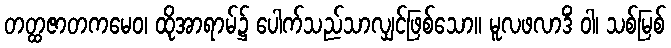
တတ္ထဇာတကမေဝ၊ ထိုအာရာမ်၌ ပေါက်သည်သာလျှင်ဖြစ်သော။ မူလဖလာဒိံ ဝါ၊ သစ်မြစ်